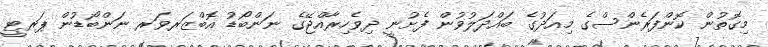
މިގޮތުން ކޮންފަރެންސްގެ މިއަދުގެ ބައްދަލުވުން ފެށުނީ ދިވެހިރާއްޖޭގެ ނަންބޯޑު އޮބްޒަރވަރ ނަންބޯޑުން ޕަރޓީ